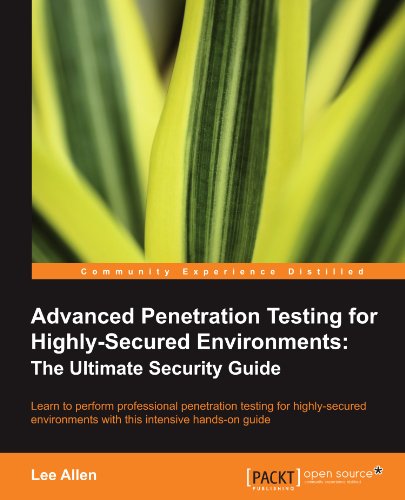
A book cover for Advanced Penetration Testing for Highly-Secured Environments: The Ultimate Security Guide (Open Source: Community Experience Distilled); Lee Allen; Computers & Technology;